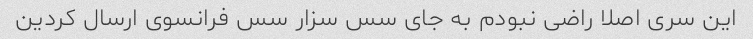
این سری اصلا راضی نبودم به جای سس سزار سس فرانسوی ارسال کردین